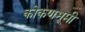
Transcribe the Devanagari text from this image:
कोकणभूमी